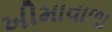
ખીમાવાળા